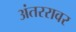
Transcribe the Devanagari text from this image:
अंतररावर